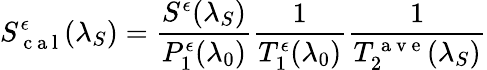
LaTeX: S_{\mathrm{~c~a~l~}}^{\epsilon}(\lambda_{S})=\frac{S^{\epsilon}(\lambda_{S})}{P_{1}^{\epsilon}(\lambda_{0})}\frac{1}{T_{1}^{\epsilon}(\lambda_{0})}\frac{1}{T_{2}^{\mathrm{~a~v~e~}}(\lambda_{S})}